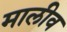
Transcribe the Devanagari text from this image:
मालीव